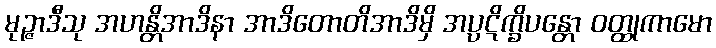
မုဉ္ဇာဒီသု အဟန္တိအာဒိနာ အာဒိတောတိအာဒိမှိ အပ္ပဋိက္ခိပန္တော ဝတ္ထုကာမော